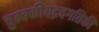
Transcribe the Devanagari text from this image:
चुम्बकीयद्रवगतिकी